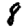
Digit: 8